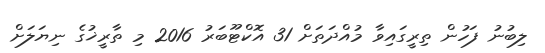
ލިބުނު ފަހުން ތިރީގައިވާ މުއްދަތަށް 31 އޮކްޓޫބަރު 2016 މި ތާރީޚުގެ ނިޔަލަށް